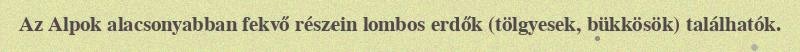
Az Alpok alacsonyabban fekvő részein lombos erdők (tölgyesek, bükkösök) találhatók.